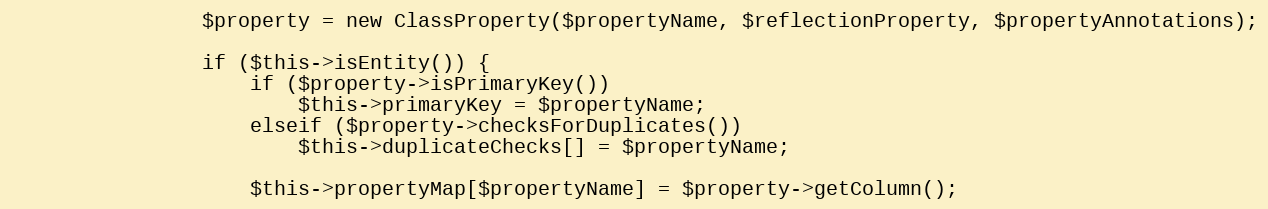
Language: PHP
				$property = new ClassProperty($propertyName, $reflectionProperty, $propertyAnnotations);

				if ($this->isEntity()) {
					if ($property->isPrimaryKey())
						$this->primaryKey = $propertyName;
					elseif ($property->checksForDuplicates())
						$this->duplicateChecks[] = $propertyName;

					$this->propertyMap[$propertyName] = $property->getColumn();